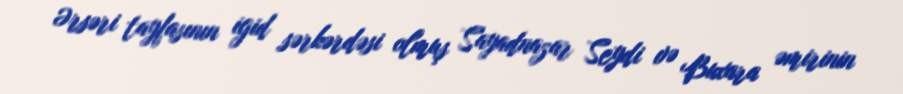
Ərsəri tayfasının igid sərkərdəsi olmuş Sayadnazar Seydi və Buxara əmirinin